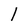
Character: 1